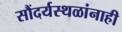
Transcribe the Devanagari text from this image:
सौंदर्यस्थळांनाही